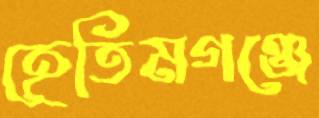
হেতিমগঞ্জে